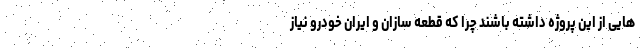
هایی از این پروژه داشته باشند چرا که قطعه سازان و ایران خودرو نیاز